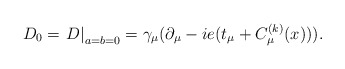
\begin{align*}D_0=\left.D\right|_{a=b=0}=\gamma_\mu(\partial_\mu-ie(t_\mu+C_\mu^{(k)}(x))).\end{align*}